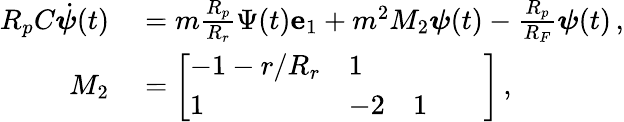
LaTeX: \begin{array}{rl}{R_{p}C\dot{\boldsymbol{\psi}}(t)}&{{}=m\frac{R_{p}}{R_{r}}\Psi(t)\mathbf{e}_{1}+m^{2}M_{2}\boldsymbol{\psi}(t)-\frac{R_{p}}{R_{F}}\boldsymbol{\psi}(t)\, ,}\\ {M_{2}}&{{}=\left[\begin{array}{lllll}{-1-r/R_{r}}&{1}&{}&{}&{}\\ {1}&{-2}&{1}&{}&{}\end{array}\right]\, ,}\end{array}